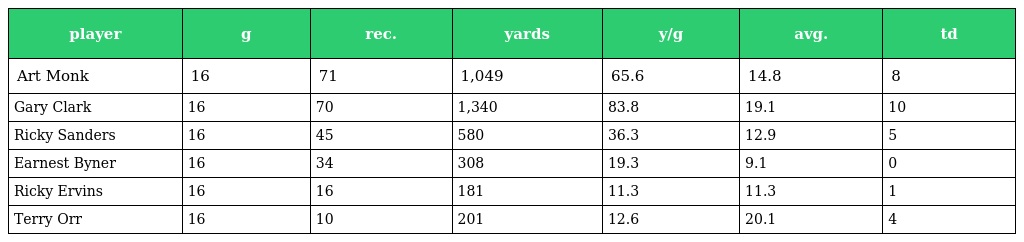
| player | g | rec. | yards | y/g | avg. | td |
 | --- | --- | --- | --- | --- | --- | --- |
 | Art Monk | 16 | 71 | 1,049 | 65.6 | 14.8 | 8 |
 | Gary Clark | 16 | 70 | 1,340 | 83.8 | 19.1 | 10 |
 | Ricky Sanders | 16 | 45 | 580 | 36.3 | 12.9 | 5 |
 | Earnest Byner | 16 | 34 | 308 | 19.3 | 9.1 | 0 |
 | Ricky Ervins | 16 | 16 | 181 | 11.3 | 11.3 | 1 |
 | Terry Orr | 16 | 10 | 201 | 12.6 | 20.1 | 4 |